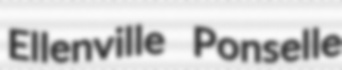
Ellenville Ponselle